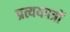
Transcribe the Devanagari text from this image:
प्रत्ययपत्रों